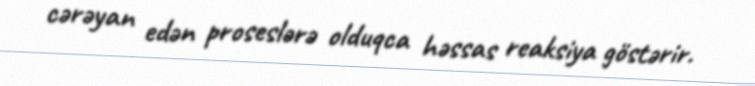
cərəyan edən proseslərə olduqca həssas reaksiya göstərir.